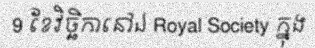
9 ខែវិច្ឆិកានៅឯ Royal Society ក្នុង